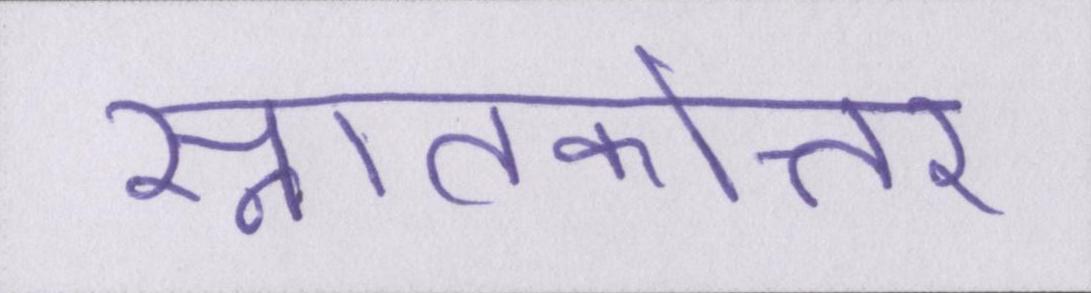
स्नातकोत्तर